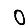
Digit: 0